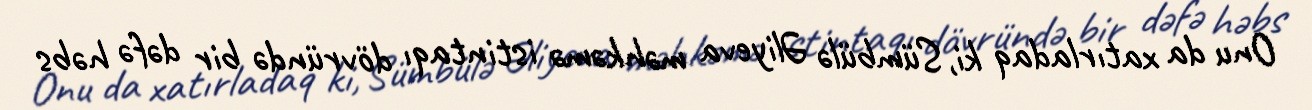
Onu da xatırladaq ki, Sümbülə Əliyeva məhkəmə istintaqı dövründə bir dəfə həbs